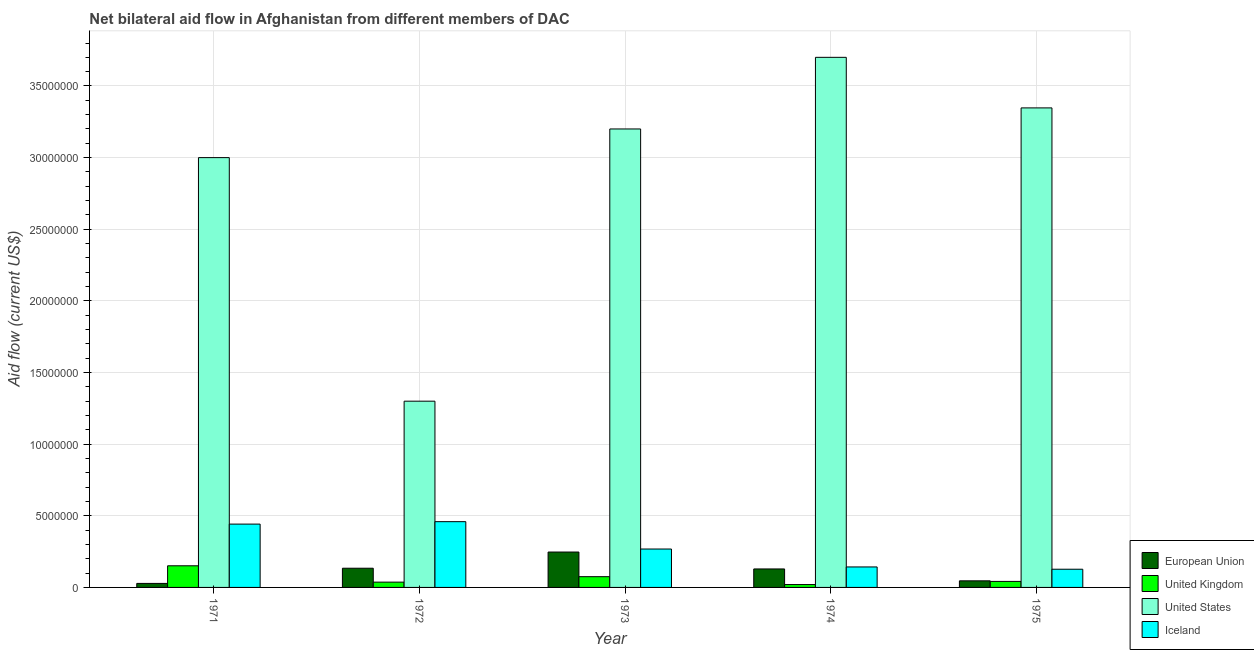
| Year | European Union | United Kingdom | United States | Iceland |
 | --- | --- | --- | --- | --- |
 | 1971 | 2.8e+05 | 1.51e+06 | 3e+07 | 4.42e+06 |
 | 1972 | 1.34e+06 | 3.7e+05 | 1.3e+07 | 4.59e+06 |
 | 1973 | 2.47e+06 | 7.5e+05 | 3.2e+07 | 2.68e+06 |
 | 1974 | 1.29e+06 | 2e+05 | 3.7e+07 | 1.43e+06 |
 | 1975 | 4.6e+05 | 4.2e+05 | 3.35e+07 | 1.27e+06 |